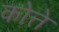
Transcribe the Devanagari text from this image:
कोत्ते